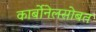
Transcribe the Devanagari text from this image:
कार्बोनेलसोबत